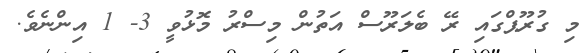
މި ގުރޫޕްގައި ރޭ ބެލަރޫސް އަތުން މިސްރު މޮޅުވީ 3- 1 އިންނެވެ.